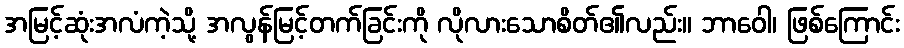
အမြင့်ဆုံးအလံကဲ့သို့ အလွန်မြင့်တက်ခြင်းကို လိုလားသောစိတ်၏လည်း။ ဘာဝေါ၊ ဖြစ်ကြောင်း